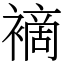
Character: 䙗